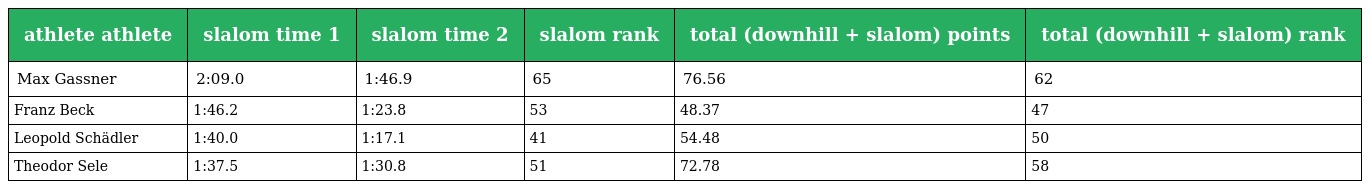
| athlete athlete | slalom time 1 | slalom time 2 | slalom rank | total (downhill + slalom) points | total (downhill + slalom) rank |
 | --- | --- | --- | --- | --- | --- |
 | Max Gassner | 2:09.0 | 1:46.9 | 65 | 76.56 | 62 |
 | Franz Beck | 1:46.2 | 1:23.8 | 53 | 48.37 | 47 |
 | Leopold Schädler | 1:40.0 | 1:17.1 | 41 | 54.48 | 50 |
 | Theodor Sele | 1:37.5 | 1:30.8 | 51 | 72.78 | 58 |